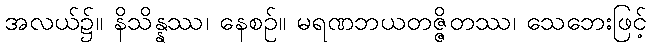
အလယ်၌။ နိသိန္နဿ၊ နေစဉ်။ မရဏဘယတဇ္ဇိတဿ၊ သေဘေးဖြင့်